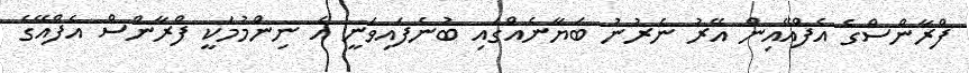
ފްރާންސްގެ އެފްއޭއިން އޭރު ނެރުނު ބަޔާނެއްގައި ބުނެފައިވަނީ އެ ނިންމުމަކީ ފްރާންސް އެފްއޭގެ